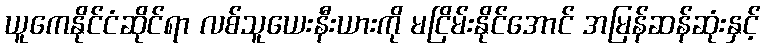
ယူကေနိုင်ငံဆိုင်ရာ လစ်သူယေးနီးယားကို မငြိမ်းနိုင်အောင် အမြန်ဆန်ဆုံးနှင့်